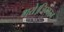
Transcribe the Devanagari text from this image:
गये।जिम्बरन